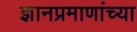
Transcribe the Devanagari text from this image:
ज्ञानप्रमाणांच्या